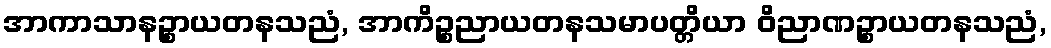
အာကာသာနဉ္စာယတနသညံ, အာကိဉ္စညာယတနသမာပတ္တိယာ ဝိညာဏဉ္စာယတနသညံ,